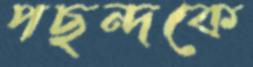
পছন্দকে